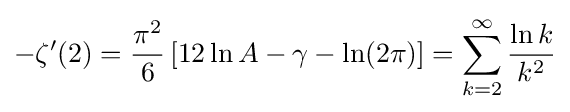
-\zeta ^{\prime }(2)={{\pi ^{2}} \over 6}\left[12\ln A-\gamma -\ln(2\pi )\right]=\sum _{k=2}^{\infty }{{\ln k} \over {k^{2}}}